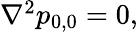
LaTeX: \begin{array}{r}{\nabla^{2}p_{0,0}=0,}\end{array}